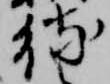
待